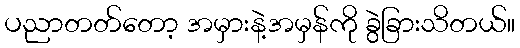
ပညာတတ်တော့ အမှားနဲ့အမှန်ကို ခွဲခြားသိတယ်။